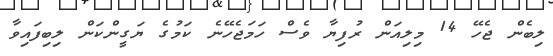
ލިބެން ޖެހޭ 14 މިލިއަން ރުފިޔާ ވެސް ހަމަޖެހޭނެ ކަމުގެ ޔަގީންކަން ލިބިފައިވާ